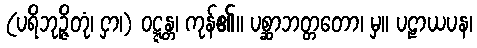
(ပရိဘုဉ္ဇိတုံ၊ ငှာ၊) ဝဋ္ဋန္တ၊ ကုန်၏။ ပစ္ဆာဘတ္တတော၊ မှ။ ပဠာယပန၊